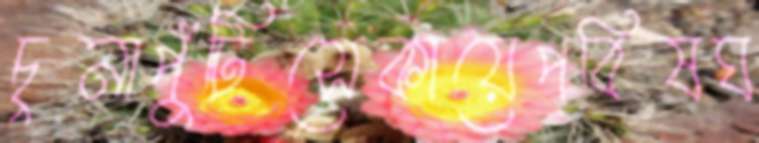
চুনাপুঁটিসেকায়েপবিষঘ